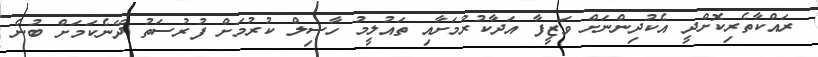
ރައްކާތެރިކޮށްދީ އެކުދިންނަށް ވަޒީފާ އަދާކުރުމަށާއި ތައުލީމު ހާސިލް ކުރުމަށް ފުރުސަތު ދޭނެކަމަށް ބުނެ